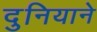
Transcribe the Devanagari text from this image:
दुनियाने